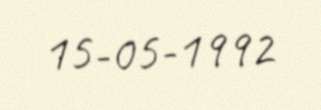
15-05-1992